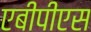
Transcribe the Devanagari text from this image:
एबीपीएस